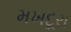
મખદૂરા